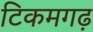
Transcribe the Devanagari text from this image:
टिकमगढ़